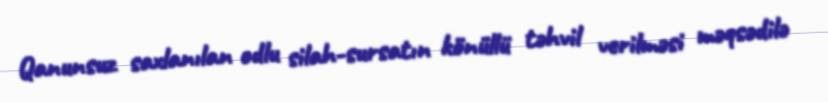
Qanunsuz saxlanılan odlu silah-sursatın könüllü təhvil verilməsi məqsədilə